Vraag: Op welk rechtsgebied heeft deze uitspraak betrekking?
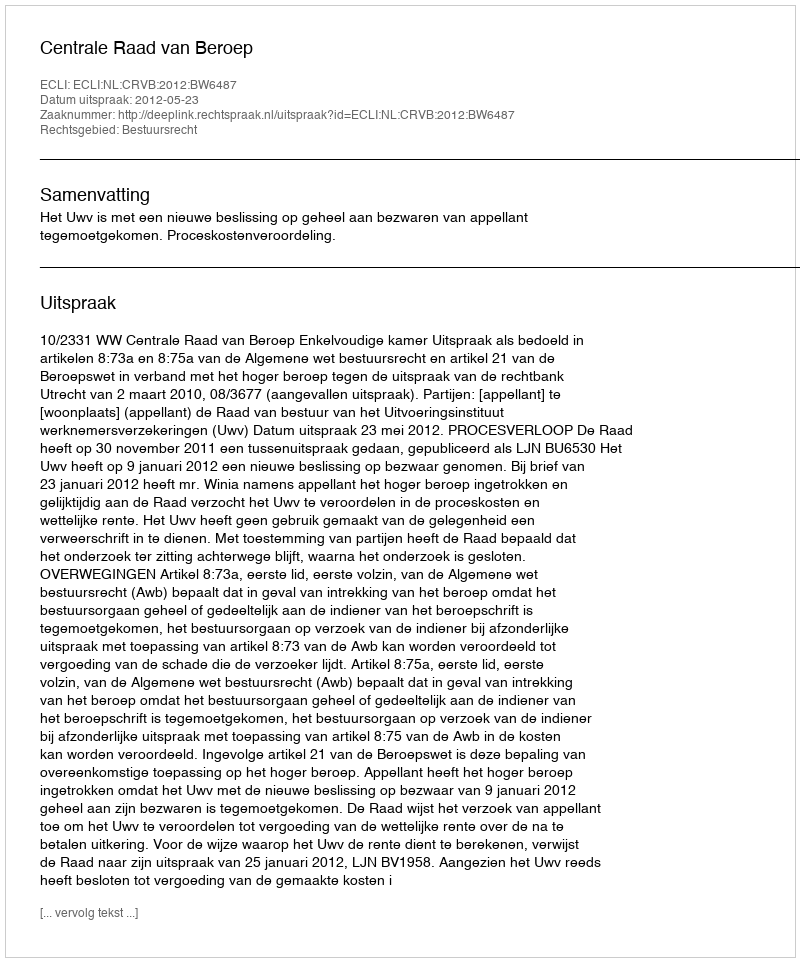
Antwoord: Bestuursrecht